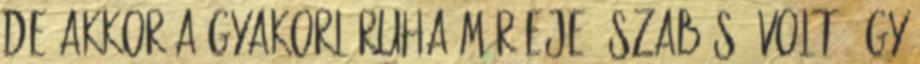
de akkor a gyakorlóruha már eje. szabású volt, így